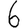
Digit: 6